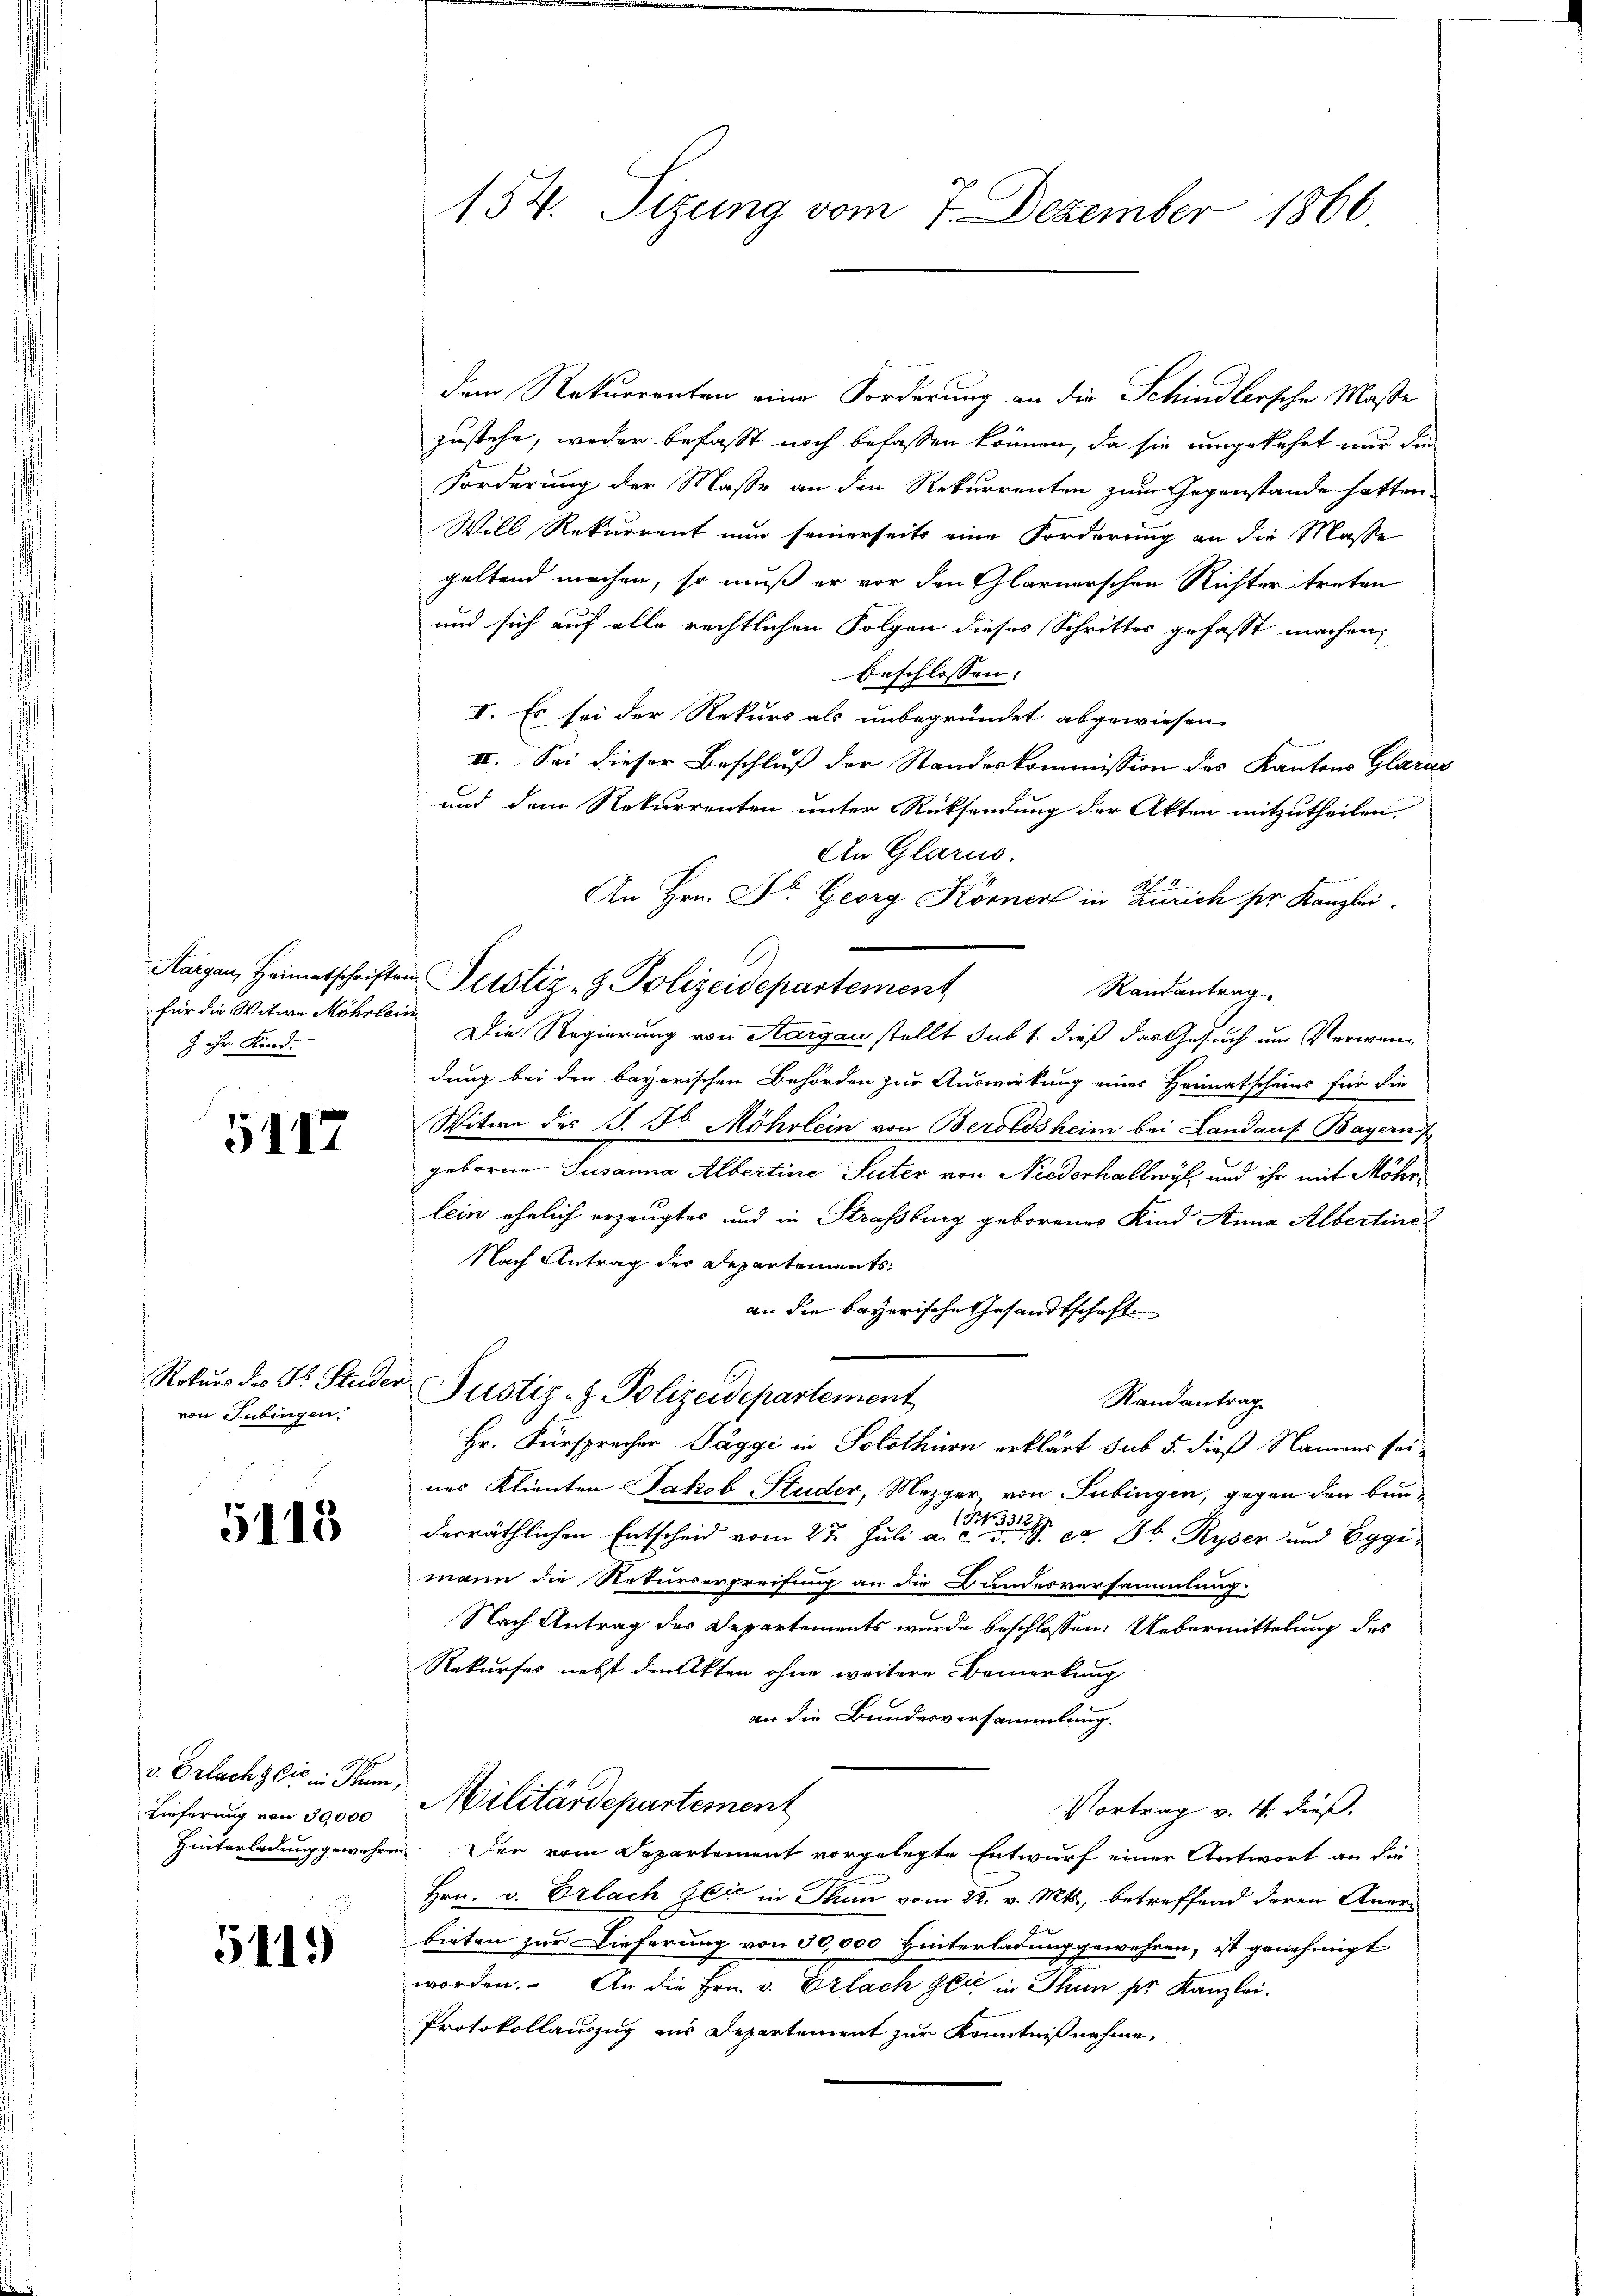
für die Witwe Möhrlein
J ihr Kind.

5117

Rekurs des Dr. Frieder
von Tübingen.

5113

v. Bracht bis in Thun,
Lieferung von 30,000
Hinterladung gewehre

5119

154. Sitzung vom 7. Dezember 1866

dem Rekurrenten eine Forderung an die Schindlersche Maße
zustehe, weder befasst noch befassen können, da sie umgekehrt nur die
Forderung der Masse an den Rekurrenten zum Gegenstände hatten
Will Rekurrent nun seinerseits eine Forderung an die Masse
geltend machen, so muß er vor den Glarnerschen Richter treten
und sich auf alle rechtlichen Folgen dieses Schrittes gefasst machen,
beschlossen:
I. Es sei der Rekurs als unbegründet abgewiesen.
II. Sei dieser Beschluß der Standeskommission des Kantons Glarus
und dem Rekurrenten unter Rücksendung der Akten mitzutheilen.
An Glarus.
An Hrn. Dr. Georg Körner in Zürich ser Kanzlei.
Randantrag.
Die Regierung von Aargau stellt sub 1. dieß das Gesuch um Verwendung bei den bayerischen Behörden zur Auswirkung eines Heimatscheins für die
Witwe des P. Fr. Möhrlein von Beroldsheim bei Landaus. Bayern
geborne Susanna Albertine Suter von Niederhallwyl und ihr mit Möhr
lein ehelich erzeugtes und in Strassburg geborenes Kind Anna Albertine
Nach Antrag der Departenants,
an die bayerische Gesandtschaft
Justiz- & Polizeidepartement
Randantrag
Hr. Fürsprecher Taggi in Solothurn erklärt sub 5. dieß Namens sei-
nes Klienten Jakob Studer, Mezger von Tübingen, gegen den Bunderräthlichen Entscheid vom 22. Juli a. a. a. c. 3 Ryser und Eggimann die Rekursergreifung an die Bundesversammlung.
Nach Antrag des Departements wurde beschlossen: Uebermittelung des
Rekurses nebst den Akten ohne weitere Bemerkung
an die Bundesversammlung.
Militärdepartement
Vortrag v. 4. dieß:
.Der vom Departement vorgelegte Entwurf einer Antwort an die
Hrn. v. Erlach sei in Thun vom 22. v. Mts., betreffend deren Aner-
bieten zur Dieferung von 30,000 Hinterladung gewehren, ist genehmigt
worden. An die Hrn. v. Erlach sei in Thun per Kanzlei-
Protokollauszug aus Departement zur Kenntnißnahme,

Margau, Heimatschriften Justiz- & Polizeidepartement